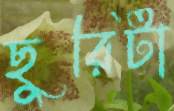
ছুরিটা